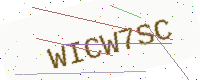
Text: WICW7SC